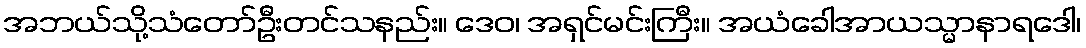
အဘယ်သို့သံတော်ဦးတင်သနည်း။ ဒေဝ၊ အရှင်မင်းကြီး။ အယံခေါအာယသ္မာနာရဒေါ၊